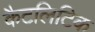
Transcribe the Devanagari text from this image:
कैटलिटिक